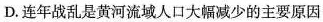
D. 连年战乱是黄河流域人口大幅减少的主要原因